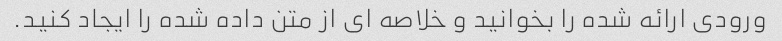
ورودی ارائه شده را بخوانید و خلاصه ای از متن داده شده را ایجاد کنید.